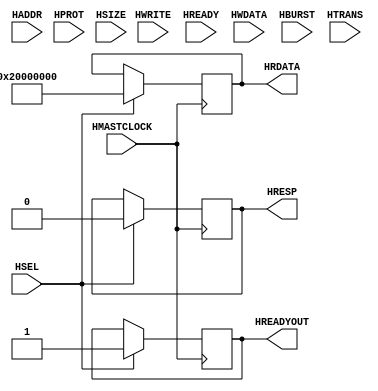

`timescale 1ns/1ns

`timescale 1ns/1ns

module slave_2(output reg [31:0] HRDATA,
	  output reg [0:0] HREADYOUT, HRESP,
	  input HWRITE,HMASTCLOCK,HSEL,HREADY,
	  input [31:0] HADDR, HWDATA,
	  input [3:0] HPROT,
	  input [2:0] HSIZE,HBURST,
	  input [1:0] HTRANS );
	  
	  
	  
	
  always@(posedge(HMASTCLOCK))begin
  
  if(HSEL)begin
  HREADYOUT<=1'b1;
  HRDATA<=32'h20000000;
  HRESP<=1'b0;
    end
  else begin
  HRDATA<=HRDATA;
  HREADYOUT<=HREADYOUT;
  HRESP<=HRESP;
    end
  end
endmodule